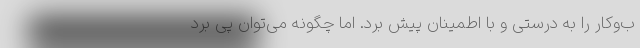
ب‌وکار را به درستی و با اطمینان پیش برد. اما چگونه می‌توان پی‌ برد